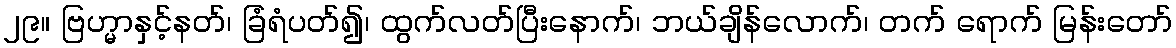
၂၉။ ဗြဟ္မာနှင့်နတ်၊ ခြံရံပတ်၍၊ ထွက်လတ်ပြီးနောက်၊ ဘယ်ချိန်လောက်၊ တက် ရောက် မြန်းတော်